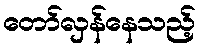
တော်လှန်နေသည့်